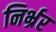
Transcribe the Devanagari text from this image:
निर्भ्रर